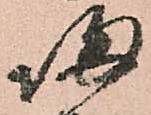
帰